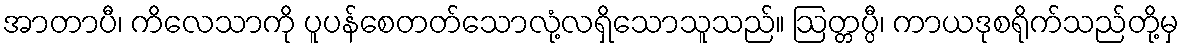
အာတာပီ၊ ကိလေသာကို ပူပန်စေတတ်သောလုံ့လရှိသောသူသည်။ ဩတ္တပ္ပီ၊ ကာယဒုစရိုက်သည်တို့မှ